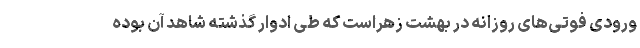
ورودی فوتی‌های روزانه در بهشت زهراست که طی ادوار گذشته شاهد آن بوده